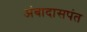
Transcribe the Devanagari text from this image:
अंबादासपंत